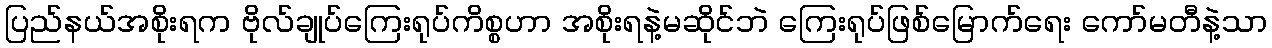
ပြည်နယ်အစိုးရက ဗိုလ်ချုပ်ကြေးရုပ်ကိစ္စဟာ အစိုးရနဲ့မဆိုင်ဘဲ ကြေးရုပ်ဖြစ်မြောက်ရေး ကော်မတီနဲ့သာ